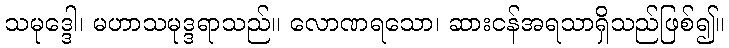
သမုဒ္ဒေါ၊ မဟာသမုဒ္ဒရာသည်။ လောဏရသော၊ ဆားငန်အရသာရှိသည်ဖြစ်၍။